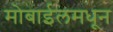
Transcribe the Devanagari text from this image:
मोबाईलमधून